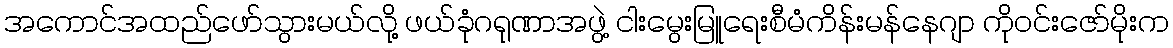
အကောင်အထည်ဖော်သွားမယ်လို့ ဖယ်ခုံဂရုဏာအဖွဲ့ ငါးမွေးမြူရေးစီမံကိန်းမန်နေဂျာ ကိုဝင်းဇော်မိုးက